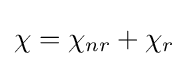
\chi =\chi _{nr}+\chi _{r}